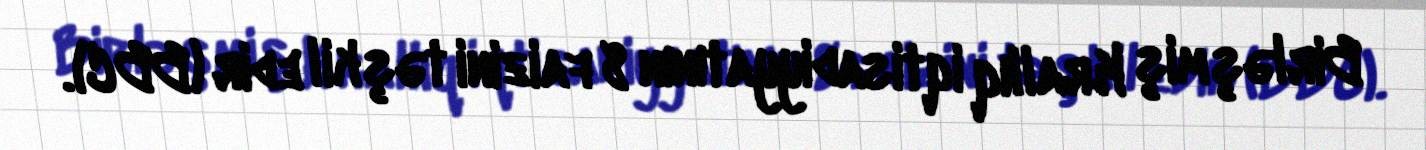
Birləşmiş Krallıq iqtisadiyyatının 8 faizini təşkil edir (BBC).